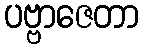
ပဗ္ဗာဇေတာ